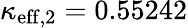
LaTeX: \kappa_{\mathrm{eff},2}=0.55242